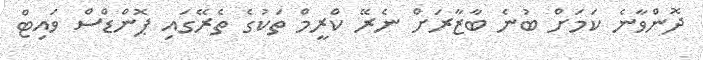
ދޮންވާނެ ކަމަށް ބުނެ ބާޒާރަށް ނެރޭ ކްރީމް ތަކުގެ ތެރޭގައި ޕޮންޑްސް ވައިޓް